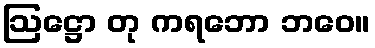
ဩဋ္ဌော တု ကရဘော ဘဝေ။